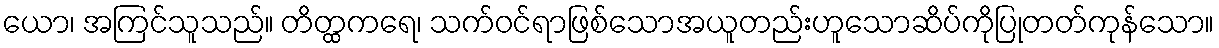
ယော၊ အကြင်သူသည်။ တိတ္ထကရေ၊ သက်ဝင်ရာဖြစ်သောအယူတည်းဟူသောဆိပ်ကိုပြုတတ်ကုန်သော။